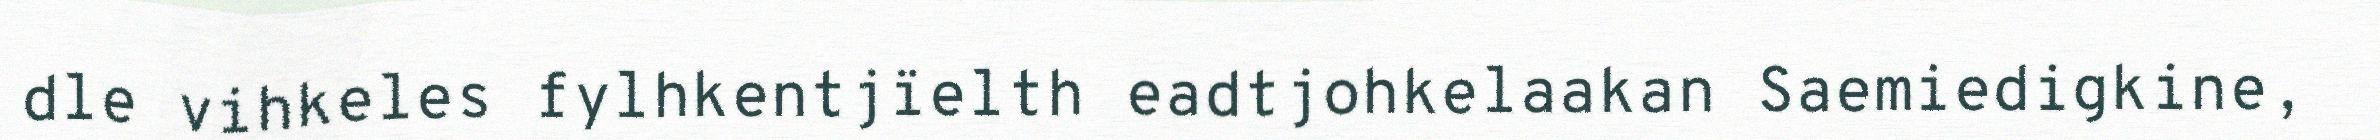
dle vihkeles fylhkentjïelth eadtjohkelaakan Saemiedigkine,